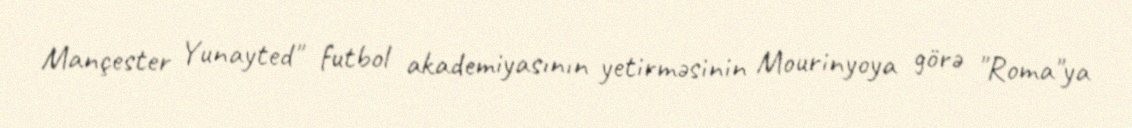
Mançester Yunayted" futbol akademiyasının yetirməsinin Mourinyoya görə "Roma"ya